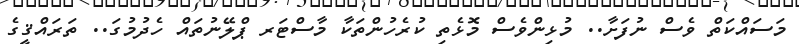
މަސައްކަތް ވެސް ނުފަށާ.. މުޅިންވެސް މޮޅެތި ކުރެހުންތަކާ މާސްޓަރ ޕްލޭނުތައް ހެދުމުގަ.. ތަރައްޤީގެ